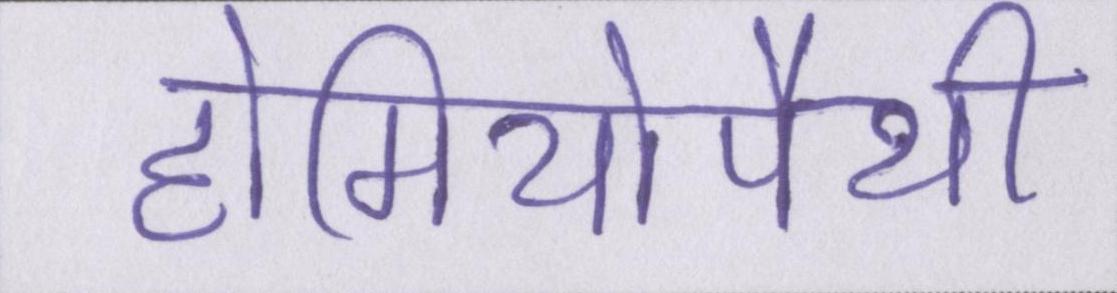
होमियोपैथी